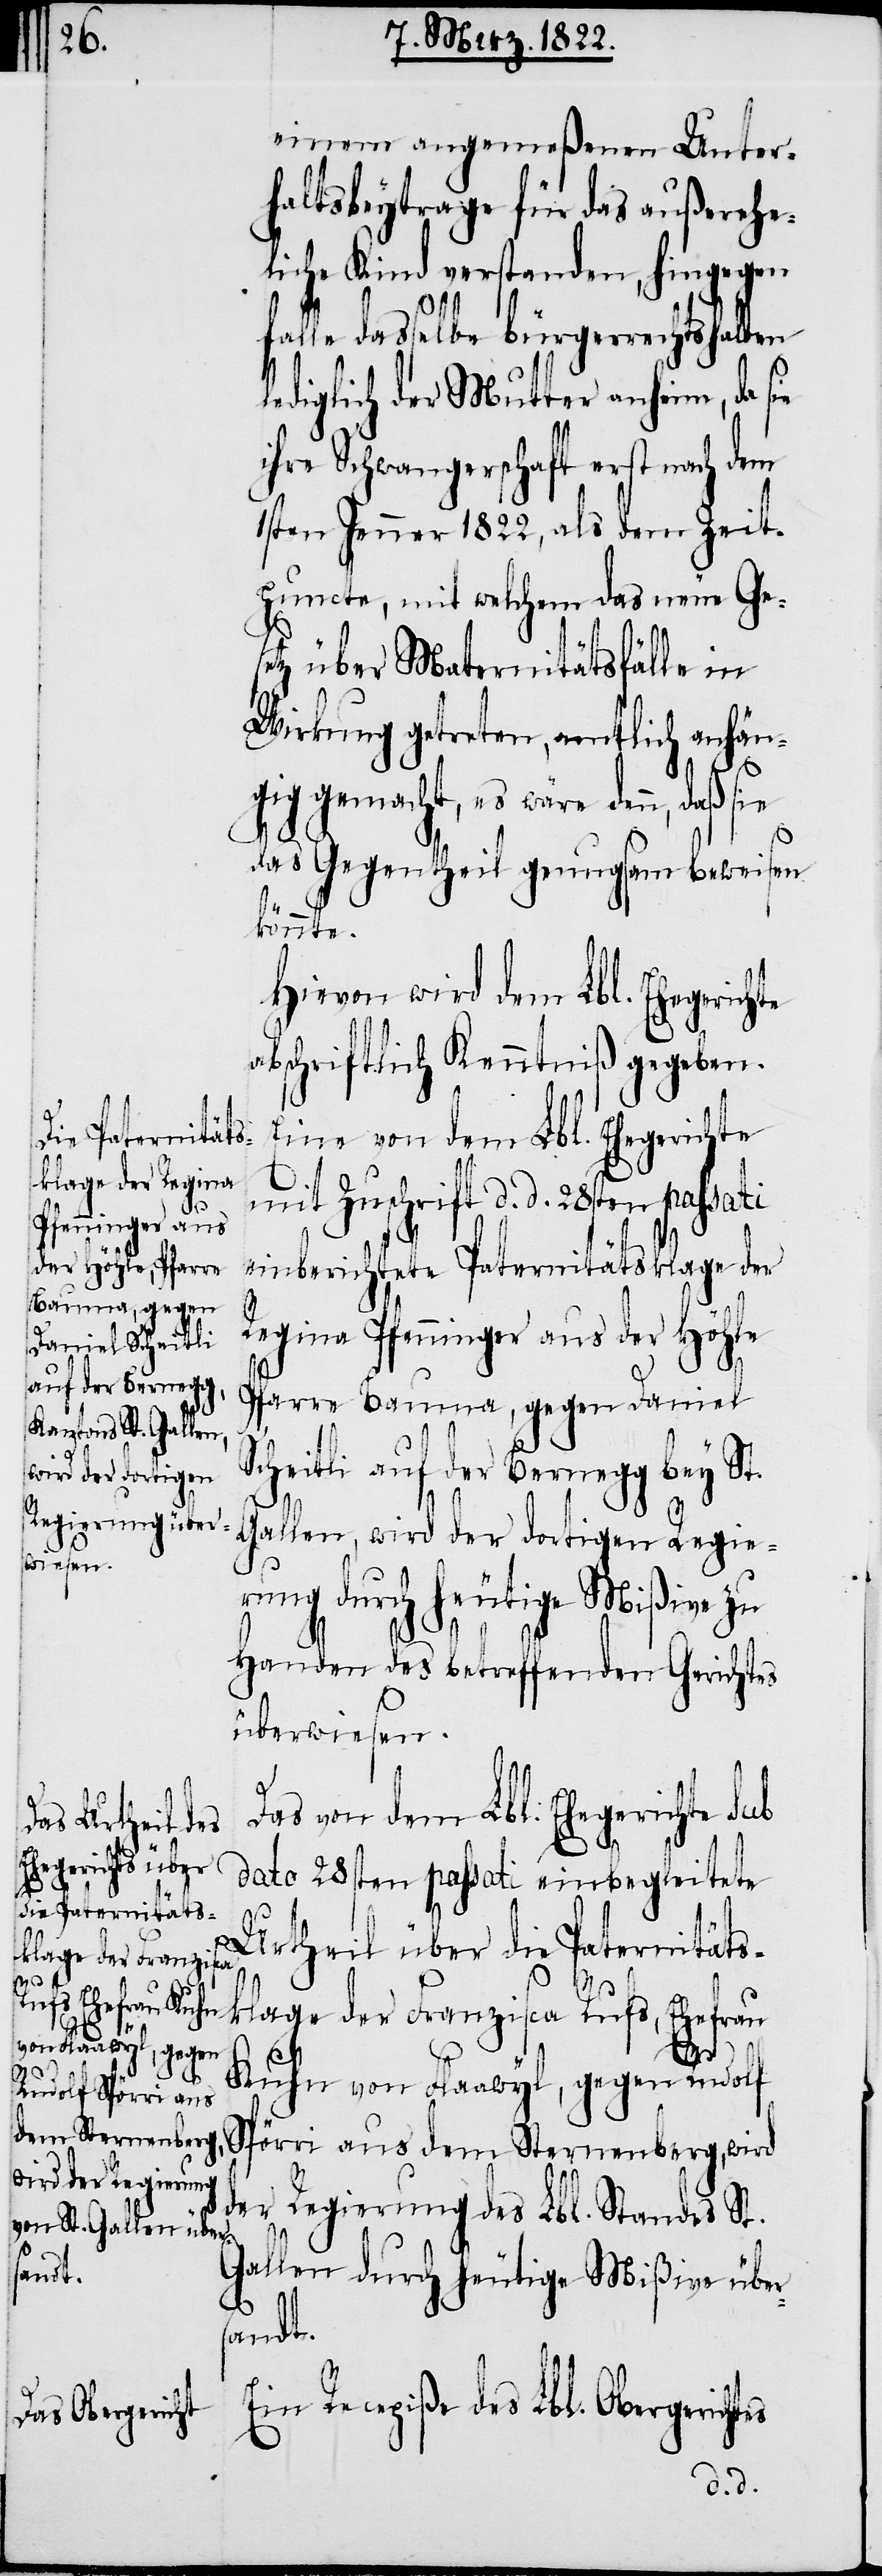
einem angemeßenen Unter¬
haltsbeytrage für das außerehe¬
liche Kind verstanden, hingegen
alle dasselbe bürgerrechtshalben
lediglich der Mutter anheim, da sie
ihre Schwangerschaft erst nach dem
1sten Jenner 1822, als dem Zeit¬
puncte, mit welchem das neue Ge¬
setz über Maternitätsfälle in
Wirkung getreten amtlich anhän¬
gig gemacht, es wäre denn, daß sie
das Gegentheil genugsam beweisen
könnte.
Hievon wird dem Lbl. Ehegerich¬
abschriftlich Kenntniß gegeben.
Eine von dem Lbl. Ehegerichte
mit Zuschrift v. v. 28sten passati
einberichtete Paternitätsklage der
Regina Pfenninger aus der Höhle
Pfarre Bauma, gegen Daniel
Scheitli auf der Bernegg bey St.
Gallen, wird der dortigen Regie¬
rung durch heutige Mißive zu
Handen des betreffenden Gerichtes
überwiesen.
Das von dem Lbl. Ehegericht sub
te
dato 28sten passati einbegleitete
Urtheil über die Paternitäts¬
es
klage der Franziska Rufs, Ehefrau
Kuhn von Flaawyl, gegen Rudolf
Spörri aus dem Sternenberg, wird
der
Regierung des Lbl. Standes St.
Gallen durch heutige Mißive über¬
sandt.
Ein Recepiße des Lbl. Obergericht¬